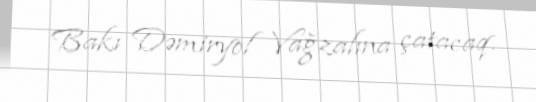
Bakı Dəmiryol Vağzalına çatacaq.